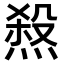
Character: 𤍁